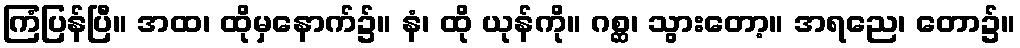
ကြံပြန်ပြီ။ အထ၊ ထိုမှနောက်၌။ နံ၊ ထို ယုန်ကို။ ဂစ္ဆ၊ သွားတော့။ အရညေ၊ တော၌။